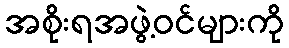
အစိုးရအဖွဲ့ဝင်များကို